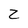
Character: Z